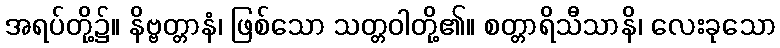
အရပ်တို့၌။ နိဗ္ဗတ္တာနံ၊ ဖြစ်သော သတ္တဝါတို့၏။ စတ္တာရိသီသာနိ၊ လေးခုသော